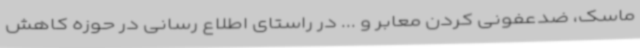
ماسک، ضدعفونی کردن معابر و ... در راستای اطلاع رسانی در حوزه کاهش